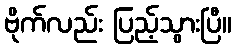
ဗိုက်လည်း ပြည့်သွားပြီ။